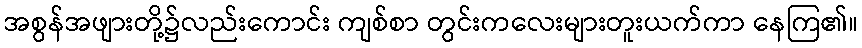
အစွန်အဖျားတို့၌လည်းကောင်း ကျစ်စာ တွင်းကလေးများတူးယက်ကာ နေကြ၏။